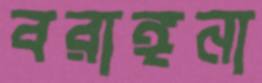
বরাঙ্গনা